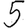
Digit: 5